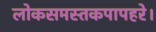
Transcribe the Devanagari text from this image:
लोकसमस्तकपापहरे।